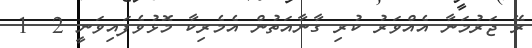
ރޭ ޖަރުމަނާ އެއްވަރު ކުރި ގާނާއަތުން އެމެރިކާ މޮޅުވެފައިވަނީ 2  1